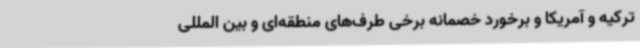
ترکیه و آمریکا و برخورد خصمانه برخی طرف‌های منطقه‌ای و بین المللی